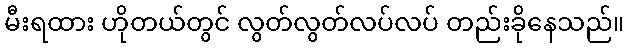
မီးရထား ဟိုတယ်တွင် လွတ်လွတ်လပ်လပ် တည်းခိုနေသည်။